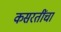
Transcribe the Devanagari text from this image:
कसरतींचा